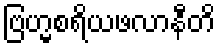
ဗြဟ္မစရိယဖလာနီတိ